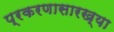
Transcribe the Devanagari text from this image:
प्रकरणासारख्या